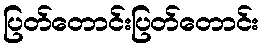
ပြတ်တောင်းပြတ်တောင်း